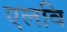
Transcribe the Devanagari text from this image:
एलवि